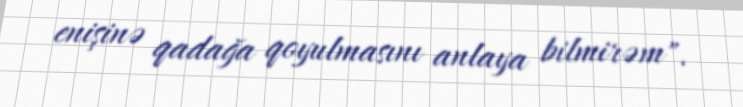
enişinə qadağa qoyulmasını anlaya bilmirəm".